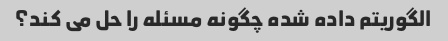
الگوریتم داده شده چگونه مسئله را حل می کند؟